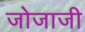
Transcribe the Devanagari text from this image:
जोजाजी